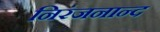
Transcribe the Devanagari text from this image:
निरंजनान्द